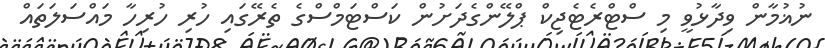
ނުޣުމާން ވިދާޅުވީ މި ސްޓްރެޓެޖިކް ޕްލޭންގެދަށުން ކަސްޓަމްސްގެ ތެރޭގައި ހުރި ހުރިހާ މައްސަލަތައް